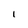
Character: 1